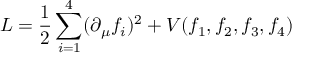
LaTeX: L = { \frac { 1 } { 2 } } \sum _ { i = 1 } ^ { 4 } ( \partial _ { \mu } f _ { i } ) ^ { 2 } + V ( f _ { 1 } , f _ { 2 } , f _ { 3 } , f _ { 4 } )